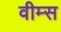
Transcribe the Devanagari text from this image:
वीम्स